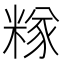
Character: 𥻖